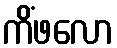
ကိံဖလော